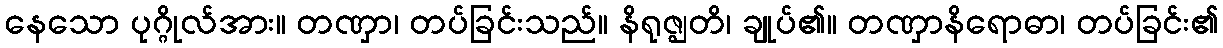
နေသော ပုဂ္ဂိုလ်အား။ တဏှာ၊ တပ်ခြင်းသည်။ နိရုဇ္ဈတိ၊ ချုပ်၏။ တဏှာနိရောဓာ၊ တပ်ခြင်း၏